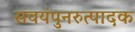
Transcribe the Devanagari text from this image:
सवयंपुनरुत्पादक